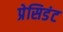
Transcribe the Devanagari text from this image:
प्रेसिडंट